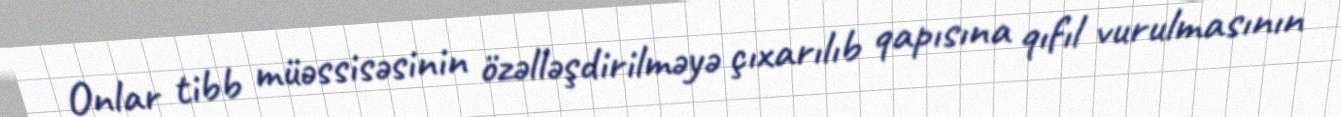
Onlar tibb müəssisəsinin özəlləşdirilməyə çıxarılıb qapısına qıfıl vurulmasının